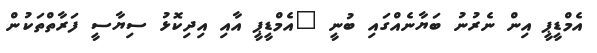
އެމްޑީޕީ އިން ނެރުނު ބަޔާނެއްގައި ބުނީ "އެމްޑީޕީ އާއި އިދިކޮޅު ސިޔާސީ ފަރާތްތަކުން